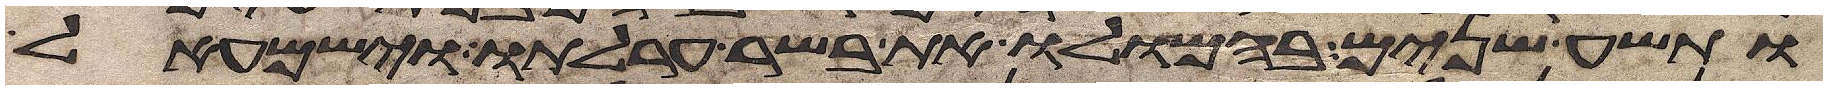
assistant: ותשע שנים בהמלו את בשר ערלתו וישמעאל